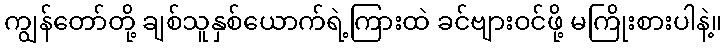
ကျွန်တော်တို့ ချစ်သူနှစ်ယောက်ရဲ့ကြားထဲ ခင်ဗျားဝင်ဖို့ မကြိုးစားပါနဲ့။